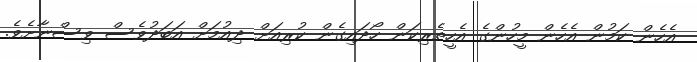
އެހެން ކަމުން އެހެން މީހުންގެ އެހީތެރިކަން ހޯދައިގެން ކުރިއަށް ދިއުމަށް އަބަދުވެސް ވިސްނާށެވެ.